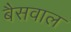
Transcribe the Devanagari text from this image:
बैसवाल